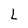
Character: L